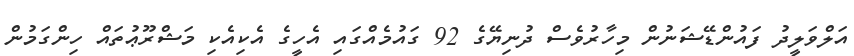
އަލްވަލީދު ފައުންޑޭޝަނުން މިހާރުވެސް ދުނިޔޭގެ 92 ގައުމެއްގައި އެހީގެ އެކިއެކި މަޝްރޫޢުތައް ހިންގަމުން